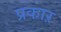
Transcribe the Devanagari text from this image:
प्रकाऱ